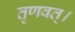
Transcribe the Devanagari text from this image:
तृणवत्।